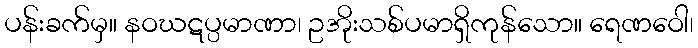
ပန်းခက်မှ။ နဝဃဋပ္ပမာဏာ၊ ဥအိုးသစ်ပမာရှိကုန်သော။ ရေဏဝေါ၊